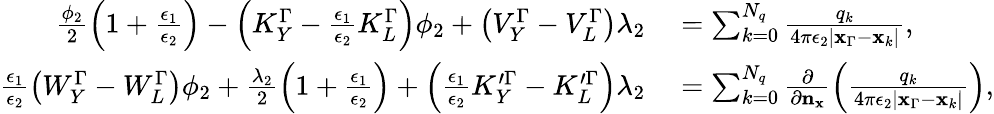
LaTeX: \begin{array}{rl}{\frac{\phi_{2}}{2}\left(1+\frac{\epsilon_{1}}{\epsilon_{2}}\right)-\left(K_{Y}^{\Gamma}-\frac{\epsilon_{1}}{\epsilon_{2}}K_{L}^{\Gamma}\right)\phi_{2}+\left(V_{Y}^{\Gamma}-V_{L}^{\Gamma}\right)\lambda_{2}}&{{}=\sum_{k=0}^{N_{q}}\frac{q_{k}}{4\pi\epsilon_{2}|\mathbf{x}_{\Gamma}-\mathbf{x}_{k}|},}\\ {\frac{\epsilon_{1}}{\epsilon_{2}}\left(W_{Y}^{\Gamma}-W_{L}^{\Gamma}\right)\phi_{2}+\frac{\lambda_{2}}{2}\left(1+\frac{\epsilon_{1}}{\epsilon_{2}}\right)+\left(\frac{\epsilon_{1}}{\epsilon_{2}}K_{Y}^{\prime\Gamma}-K_{L}^{\prime\Gamma}\right)\lambda_{2}}&{{}=\sum_{k=0}^{N_{q}}\frac{\partial}{\partial\mathbf{n}_{\mathbf{x}}}\left(\frac{q_{k}}{4\pi\epsilon_{2}|\mathbf{x}_{\Gamma}-\mathbf{x}_{k}|}\right),}\end{array}